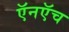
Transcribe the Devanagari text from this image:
ऍनऍच